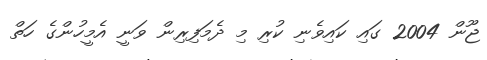
ޖޫން 2004 ގައި ކައިވެނި ކުރި މި ދެމަފިރިން ވަނީ އެމީހުންގެ ހަތް